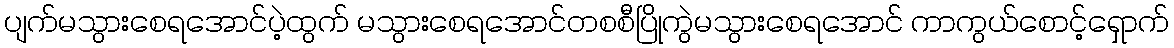
ပျက်မသွားစေရအောင်ပဲ့ထွက် မသွားစေရအောင်တစစီပြိုကွဲမသွားစေရအောင် ကာကွယ်စောင့်ရှောက်